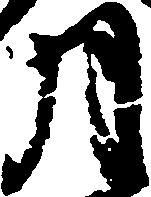
月